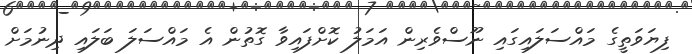
ފިޔަވަތީގެ މައްސަލައިގައި ނޫސްވެރިން އަމަލު ކޮށްފައިވާ ގޮތުން އެ މައްސަލަ ބަލައި ދިނުމަށް